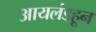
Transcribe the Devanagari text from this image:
आयलंडहून